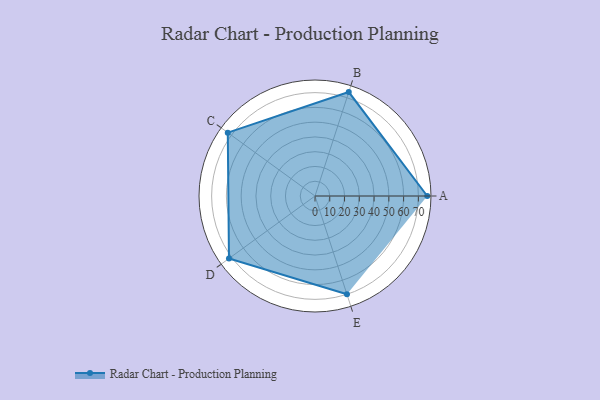
{"axis": {"x": "Skill", "y": "Score"}, "legend": ["Profile"], "data": [{"x": "A", "y": 76.0, "type": "Profile"}, {"x": "B", "y": 74.0, "type": "Profile"}, {"x": "C", "y": 73.0, "type": "Profile"}, {"x": "D", "y": 72.0, "type": "Profile"}, {"x": "E", "y": 70.0, "type": "Profile"}]}